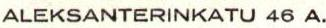
ALEKSANTERINKATU 46 A.